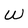
Character: W